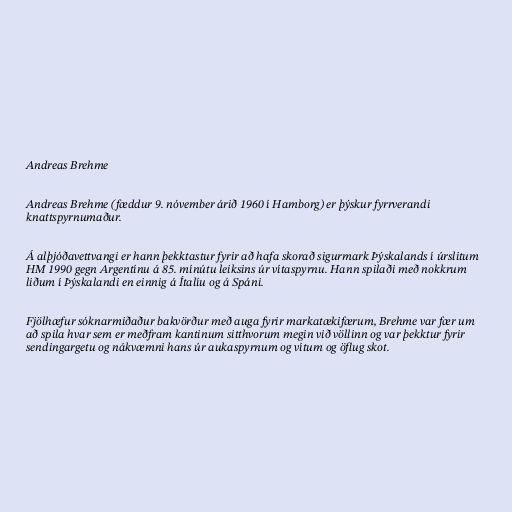
Andreas Brehme

Andreas Brehme (fæddur 9. nóvember árið 1960 í Hamborg) er þýskur fyrrverandi
knattspyrnumaður.

Á alþjóðavettvangi er hann þekktastur fyrir að hafa skorað sigurmark Þýskalands í úrslitum
HM 1990 gegn Argentínu á 85. mínútu leiksins úr vítaspyrnu. Hann spilaði með nokkrum
liðum í Þýskalandi en einnig á Ítalíu og á Spáni.

Fjölhæfur sóknarmiðaður bakvörður með auga fyrir markatækifærum, Brehme var fær um
að spila hvar sem er meðfram kantinum sitthvorum megin við völlinn og var þekktur fyrir
sendingargetu og nákvæmni hans úr aukaspyrnum og vítum og öflug skot.